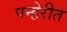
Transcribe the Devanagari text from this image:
पन्हेरीत